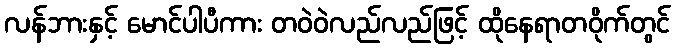
လန်ဘားနှင့် မောင်ပါပီကား တဝဲဝဲလည်လည်ဖြင့် ထိုနေရာတဝိုက်တွင်